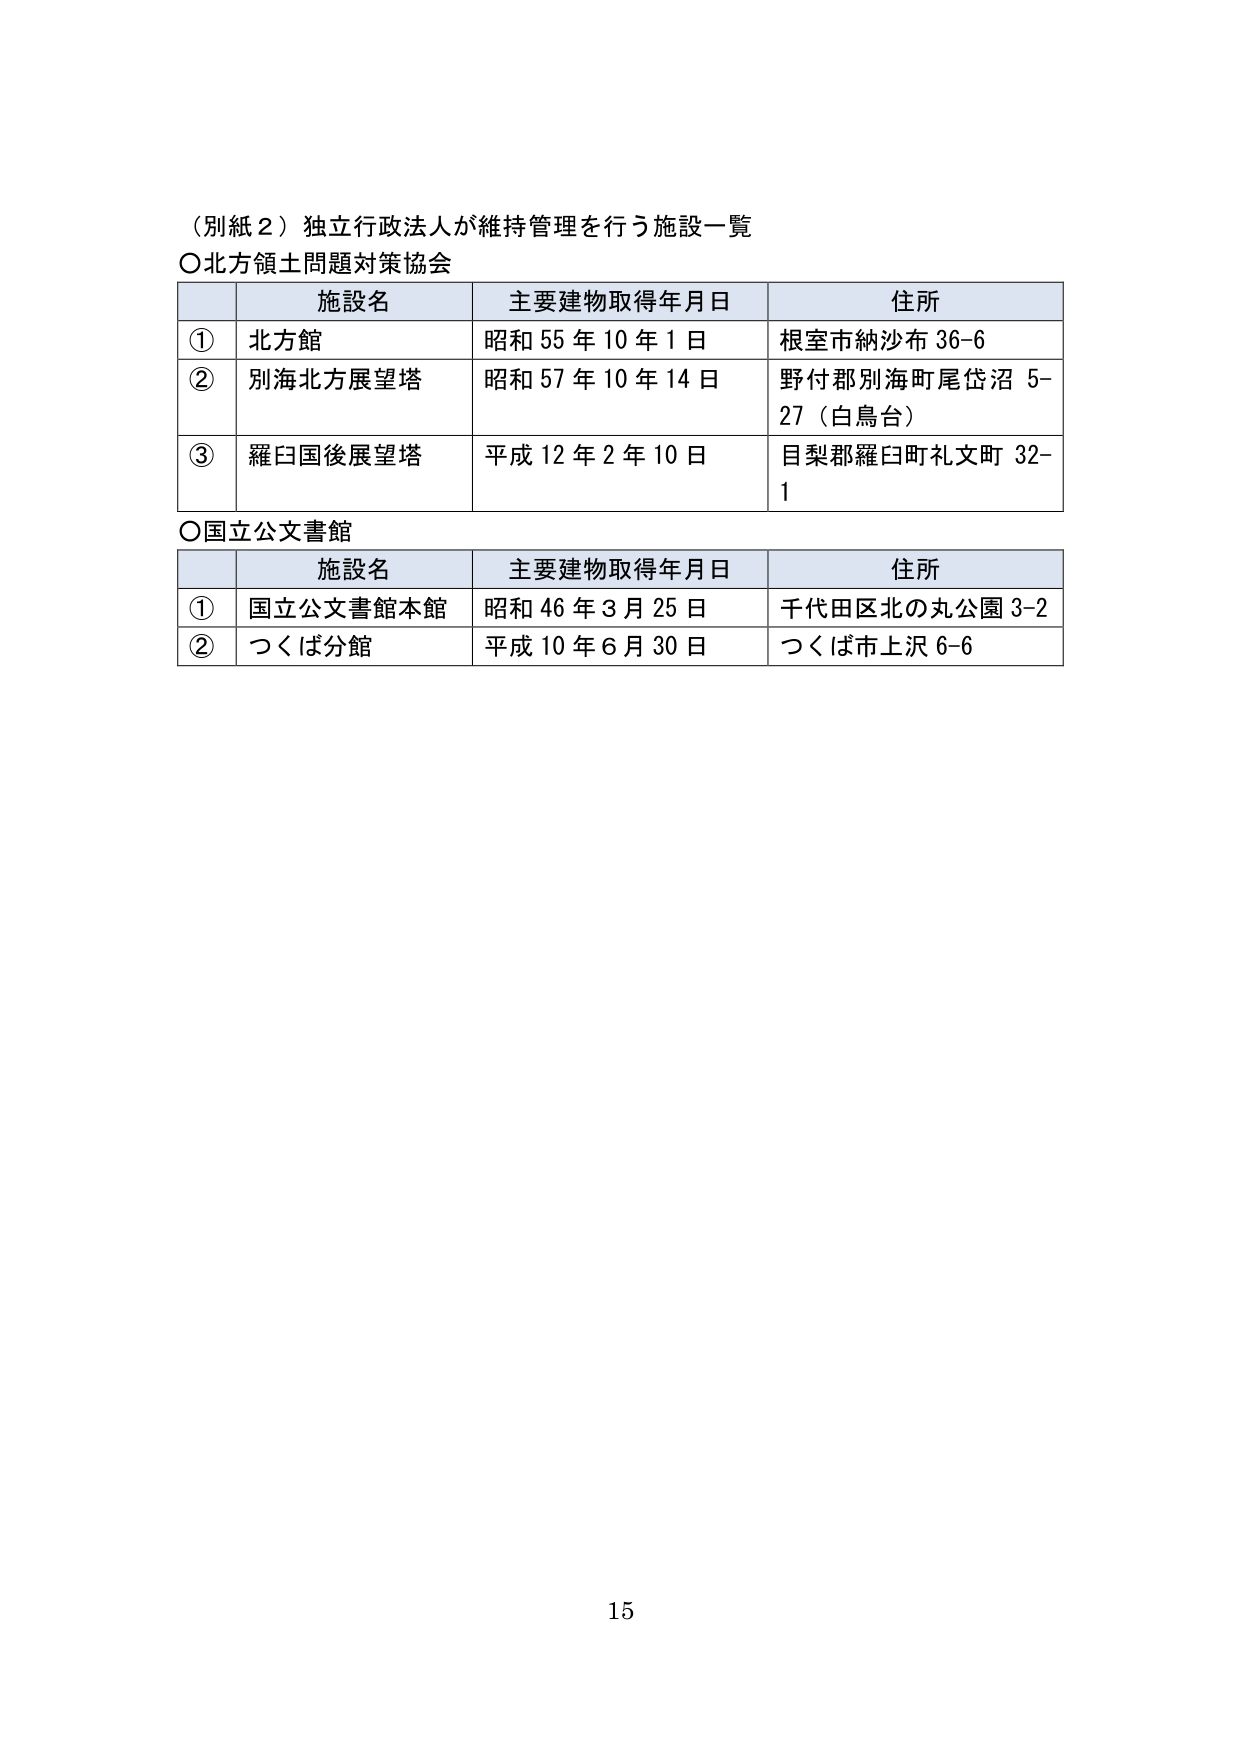
（別紙２）独立行政法人が維持管理を行う施設一覧
〇北方領土問題対策協会
施設名　主要建物取得年月日　住所
①　北方館　昭和55年10年1日　根室市納沙布36-6
②　別海北方展望塔　昭和57年10年14日　野付郡別海町尾岱沼5-27（白鳥台）
③　羅臼国後展望塔　平成12年2年10日　目梨郡羅臼町礼文町32-1
〇国立公文書館
施設名　主要建物取得年月日　住所
①　国立公文書館本館　昭和46年3月25日　千代田区北の丸公園3-2
②　つくば分館　平成10年6月30日　つくば市上沢6-6
15